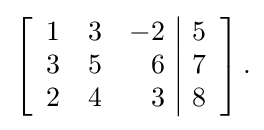
\left[{\begin{array}{rrr|r}1&3&-2&5\\3&5&6&7\\2&4&3&8\end{array}}\right]{\text{.}}